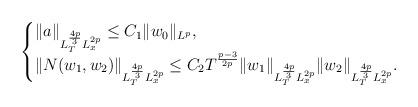
LaTeX: \begin{align*}\begin{cases}\|a\|_{L_{T}^{\frac{4p}{3}}L_{x}^{2p}}\leq C_{1}\|w_{0}\|_{L^{p}},\\\|N(w_{1},w_{2})\|_{L_{T}^{\frac{4p}{3}}L_{x}^{2p}}\leq C_{2} T^{\frac{p-3}{2p}}\|w_{1}\|_{L_{T}^{\frac{4p}{3}}L_{x}^{2p}}\|w_{2}\|_{L_{T}^{\frac{4p}{3}}L_{x}^{2p}}.\end{cases}\end{align*}